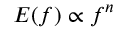
E ( f ) \propto f ^ { n }